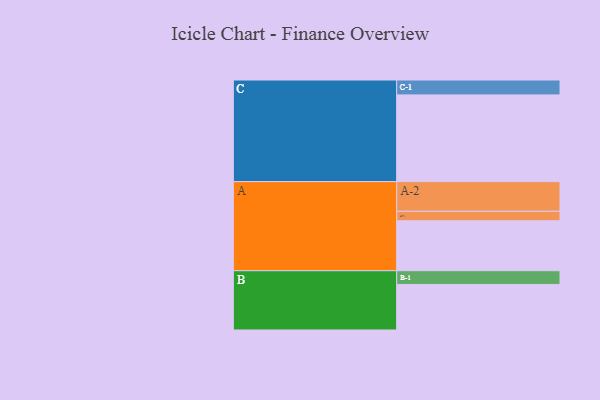
{"axis": {"x": "Segment", "y": "Value"}, "legend": ["", "A", "B", "C"], "data": [{"x": "A", "y": 342, "type": ""}, {"x": "B", "y": 312, "type": ""}, {"x": "C", "y": 594, "type": ""}, {"x": "A-1", "y": 65, "type": "A"}, {"x": "A-2", "y": 203, "type": "A"}, {"x": "B-1", "y": 94, "type": "B"}, {"x": "C-1", "y": 102, "type": "C"}]}